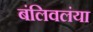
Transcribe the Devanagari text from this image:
बंलिवलंया